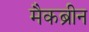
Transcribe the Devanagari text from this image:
मैकब्रीन